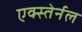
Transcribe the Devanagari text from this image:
एक्स्तेर्नल